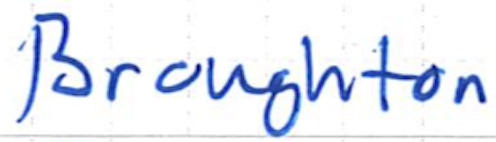
Text: Broughton
Cross-out: clean
Writing tool: ballpoint